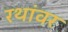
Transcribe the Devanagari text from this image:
रथांवर